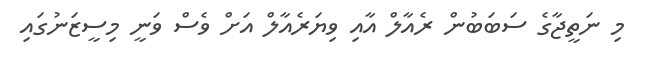
މި ނަތީޖާގެ ސަބަބުން ރެއާލް އާއި ވިޔަރެއާލް އަށް ވެސް ވަނީ މިސީޒަނުގައި